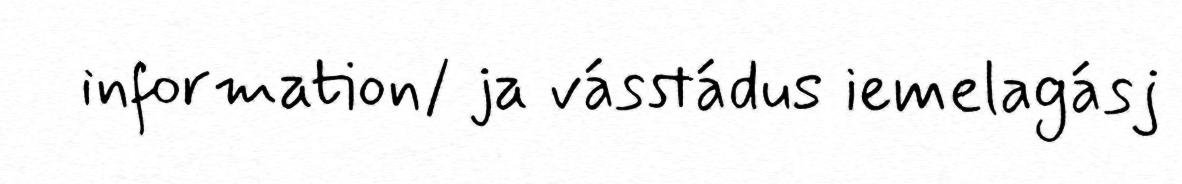
information/ ja vásstádus iemelagásj